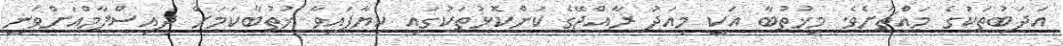
އަދަބުތަކުގެ މައްޗަށެވެ. މިޚުތުބާ އަކީ މިއަދު ރާއްޖޭގެ ކަންކޮޅުތަކުގައި ކިޔާފައިވާ ޚުތުބާކަމަށް ދިއިސްލާމްއަށްވަނީ